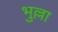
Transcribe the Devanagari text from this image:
भुल्ला